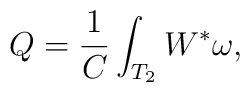
Q=\frac{1}{C} \int_{T_{2}} W^{*}\omega,